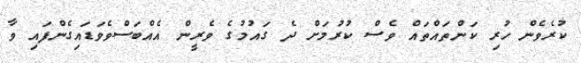
ކުރެވެން ހުރި ކަންތައްތައް ވެސް ކުރުމަށް ދެ ގައުމުގެ ވެރީން އެއްބަސްވެވަޑައިގެންފައި ވާ